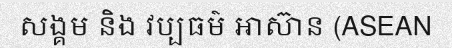
សង្គម និង វប្បធម៌ អាស៊ាន (ASEAN